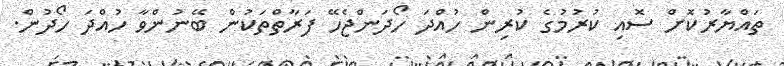
ތައްޔާރުކޮށް ސޮއި ކުރުމުގެ ކުރިން ހުއްދަ ހޯދަންޖެހޭ ފަރާތްތަކުން ބޭނުންވާ ހުއްދަ ހޯދުން.